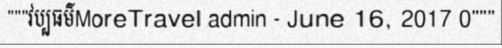
"""វប្បធម៌MoreTravel admin - June 16, 2017 0"""